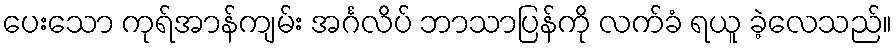
ပေးသော ကုရ်အာန်ကျမ်း အင်္ဂလိပ် ဘာသာပြန်ကို လက်ခံ ရယူ ခဲ့လေသည်။